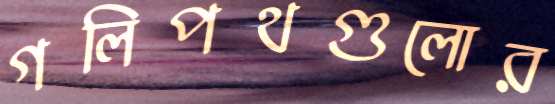
গলিপথগুলোর